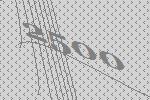
2500